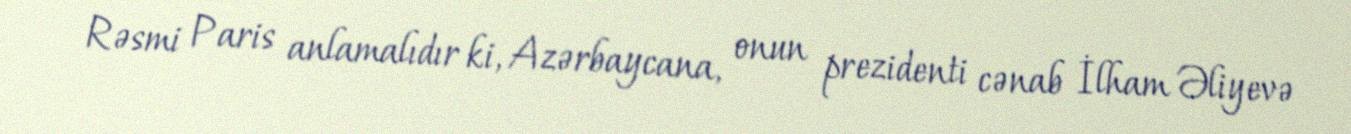
Rəsmi Paris anlamalıdır ki, Azərbaycana, onun prezidenti cənab İlham Əliyevə